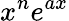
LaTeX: x^{n}e^{ax}